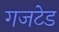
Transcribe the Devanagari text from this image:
गजटेड